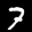
Label: 7